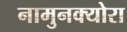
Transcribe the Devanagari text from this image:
नामुनक्योरा